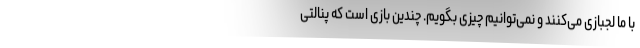
با ما لجبازی می‌کنند و نمی‌توانیم چیزی بگویم. چندین بازی است که پنالتی